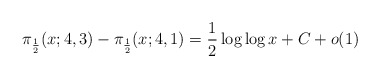
\begin{align*}\pi_{\frac{1}{2}}(x; 4, 3)-\pi_{\frac{1}{2}}(x; 4, 1) = \frac{1}{2} \log \log x+C+o(1)\end{align*}